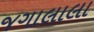
જગાલાલા